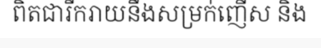
ពិតជារីករាយនឹងសម្រក់ញើស និង